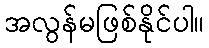
အလွန်မဖြစ်နိုင်ပါ။